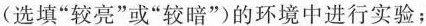
(选填”较亮”或”较暗”)的环境中进行实验；